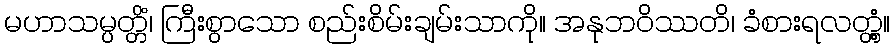
မဟာသမ္ပတ္တိံ၊ ကြီးစွာသော စည်းစိမ်းချမ်းသာကို။ အနုဘဝိဿတိ၊ ခံစားရလတ္တံ့။